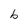
Character: b